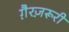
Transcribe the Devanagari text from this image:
ग़ैरज़रूरी